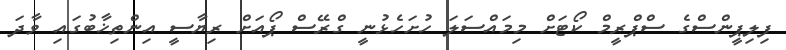
ފިލިޕީންސްގެ ސްޕްރީމް ކޯޓަށް މިމައްސަލަ ހުށަހެޅުނީ ގްރޭސް ޕޯއަށް ރިޔާސީ އިންތިޚާބުގައި ވާދަ